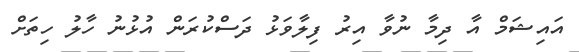
އައިޝަމް އާ ދިމާ ނުވާ އިރު ފިލާވަޅު ދަސްކުރަން އުޅުނު ހާލު ހިތަށް